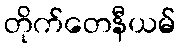
တိုက်တေနီယမ်